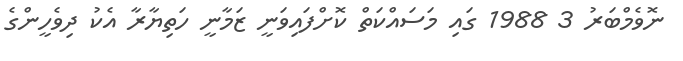
ނޮވެމްބަރު 3 1988 ގައި މަސައްކަތް ކޮށްފައިވަނީ ޒަމާނީ ހަތިޔާރާ އެކު ދިވެހީންގެ